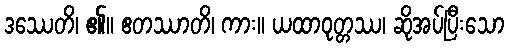
ဒဿေတိ၊ ၏။ ဧတဿာတိ၊ ကား။ ယထာဝုတ္တဿ၊ ဆိုအပ်ပြီးသော